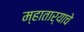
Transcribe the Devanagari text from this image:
म्हातार्‍याचे